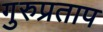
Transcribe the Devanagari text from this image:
गुरुप्रताप